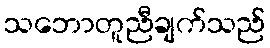
သဘောတူညီချက်သည်